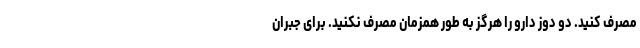
مصرف کنید. دو دوز دارو را هرگز به طور همزمان مصرف نکنید. برای جبران